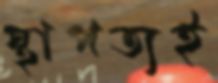
স্থাপত্যই